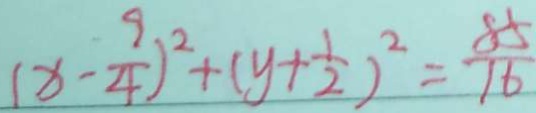
( x - \frac { 9 } { 4 } ) ^ { 2 } + ( y + \frac { 1 } { 2 } ) ^ { 2 } = \frac { 8 5 } { 1 6 }